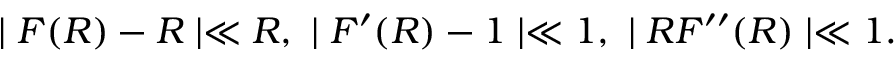
\mid F ( R ) - R \mid \ll R , ~ \mid F ^ { \prime } ( R ) - 1 \mid \ll 1 , ~ \mid R F ^ { \prime \prime } ( R ) \mid \ll 1 .